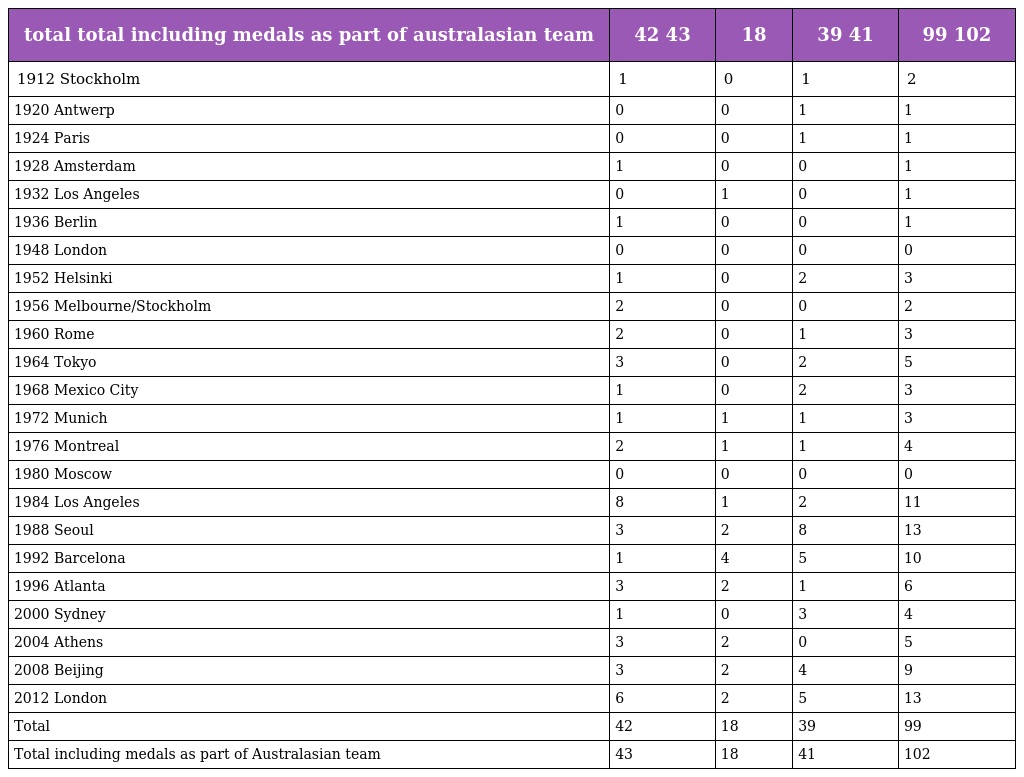
| total total including medals as part of australasian team | 42 43 | 18 | 39 41 | 99 102 |
 | --- | --- | --- | --- | --- |
 | 1912 Stockholm | 1 | 0 | 1 | 2 |
 | 1920 Antwerp | 0 | 0 | 1 | 1 |
 | 1924 Paris | 0 | 0 | 1 | 1 |
 | 1928 Amsterdam | 1 | 0 | 0 | 1 |
 | 1932 Los Angeles | 0 | 1 | 0 | 1 |
 | 1936 Berlin | 1 | 0 | 0 | 1 |
 | 1948 London | 0 | 0 | 0 | 0 |
 | 1952 Helsinki | 1 | 0 | 2 | 3 |
 | 1956 Melbourne/Stockholm | 2 | 0 | 0 | 2 |
 | 1960 Rome | 2 | 0 | 1 | 3 |
 | 1964 Tokyo | 3 | 0 | 2 | 5 |
 | 1968 Mexico City | 1 | 0 | 2 | 3 |
 | 1972 Munich | 1 | 1 | 1 | 3 |
 | 1976 Montreal | 2 | 1 | 1 | 4 |
 | 1980 Moscow | 0 | 0 | 0 | 0 |
 | 1984 Los Angeles | 8 | 1 | 2 | 11 |
 | 1988 Seoul | 3 | 2 | 8 | 13 |
 | 1992 Barcelona | 1 | 4 | 5 | 10 |
 | 1996 Atlanta | 3 | 2 | 1 | 6 |
 | 2000 Sydney | 1 | 0 | 3 | 4 |
 | 2004 Athens | 3 | 2 | 0 | 5 |
 | 2008 Beijing | 3 | 2 | 4 | 9 |
 | 2012 London | 6 | 2 | 5 | 13 |
 | Total | 42 | 18 | 39 | 99 |
 | Total including medals as part of Australasian team | 43 | 18 | 41 | 102 |